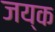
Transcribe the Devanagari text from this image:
जय्क